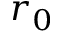
r _ { 0 }